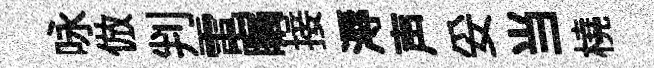
咏倣判電瞩接溽声妥当橈